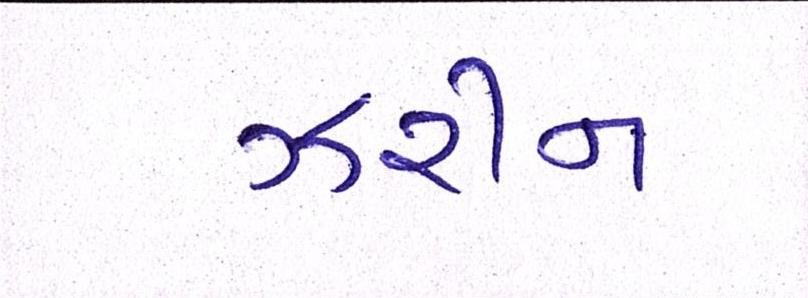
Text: ઝરીન